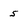
Character: 5